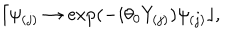
LaTeX: \lceil \psi _ { ( j ) } \rightarrow \exp ( - i \theta _ { 0 } Y _ { ( j ) } ) \psi _ { ( j ) } \rfloor ,